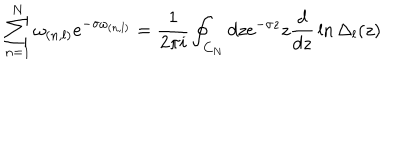
\sum _ { n = 1 } ^ { N } \omega _ { ( n , l ) } e ^ { - \sigma \omega _ { ( n , l ) } } = { \frac { 1 } { 2 \pi i } } \oint _ { C _ { N } } d z e ^ { - \sigma z } z { \frac { d } { d z } } \ln \Delta _ { l } ( z )